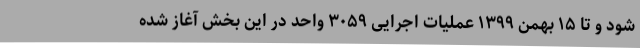
شود و تا ۱۵ بهمن ۱۳۹۹ عملیات اجرایی ۳۰۵۹ واحد در این بخش آغاز شده